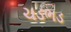
ચડભડ